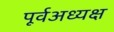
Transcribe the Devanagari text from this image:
पूर्वअध्यक्ष